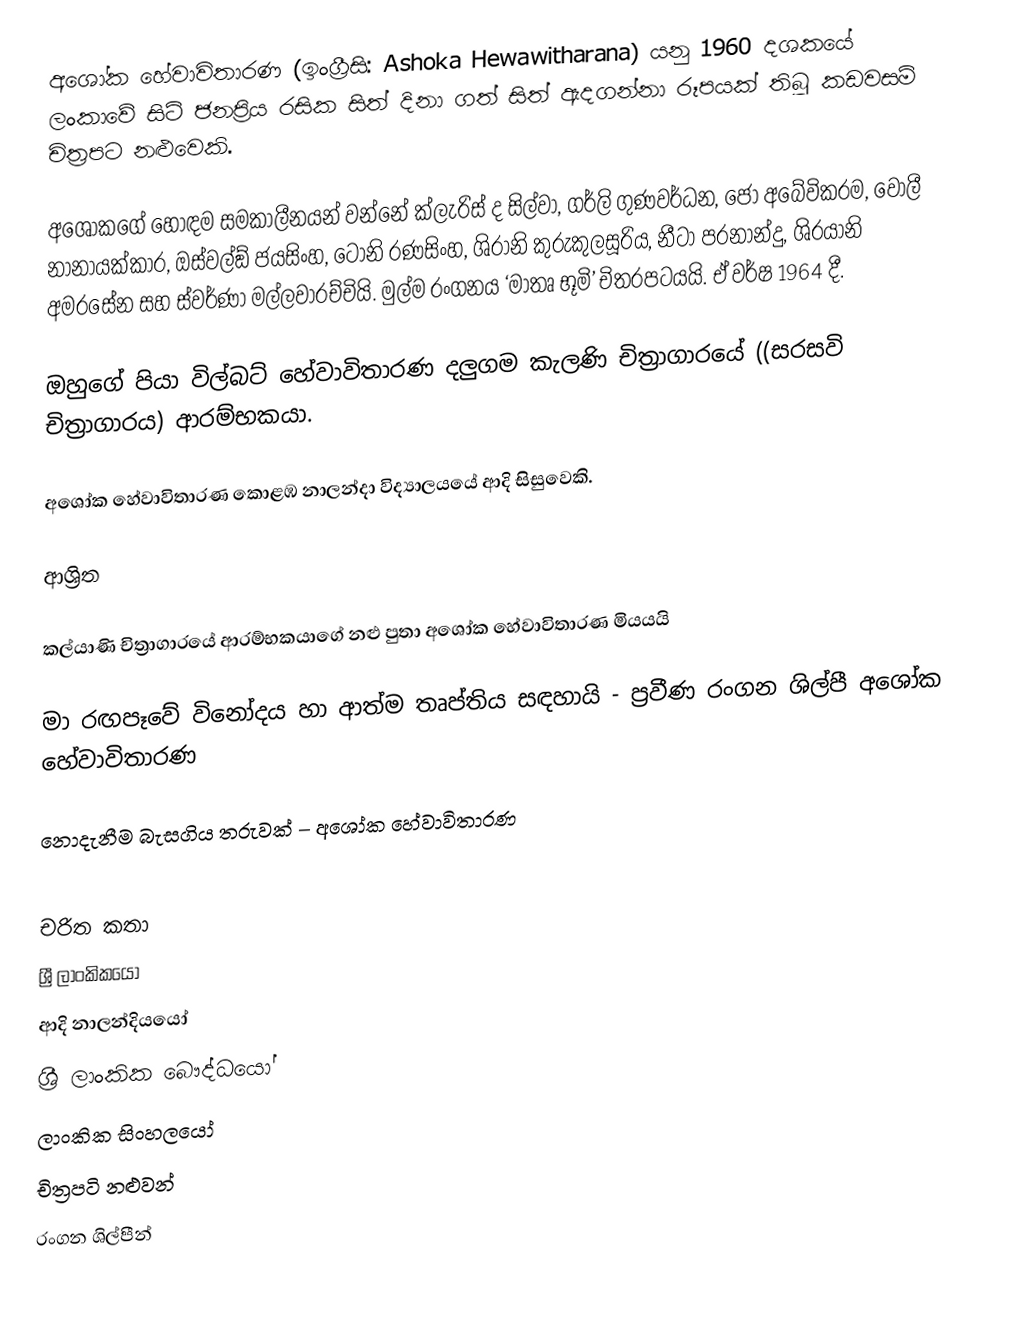
අශෝක හේවාවිතාරණ (ඉංග්‍රීසි: Ashoka Hewawitharana) යනු 1960 දශකයේ ලංකාවේ සිටි ජනප්‍රිය රසික සිත් දිනා ගත් සිත් ඇදගන්නා රූපයක් තිබූ කඩවසම් චිත්‍රපට නළුවෙකි.

අශෝකගේ හොඳම සමකාලීනයන් වන්නේ ක්ලැරිස් ද සිල්වා, ගර්ලි ගුණවර්ධන, ජෝ අබේවික‍්‍රම, වොලී නානායක්කාර, ඔස්වල්ඞ් ජයසිංහ, ටෝනි රණසිංහ, ශිරානි කුරුකුලසූරිය, නීටා ප‍්‍රනාන්දු, ශි‍්‍රයානි අමරසේන සහ ස්වර්ණා මල්ලවාරච්චියි. මුල්ම රංගනය ‘මාතෘ භූමි’ චිත‍්‍රපටයයි. ඒ වර්ෂ 1964 දී.

ඔහුගේ පියා විල්බට් හේවාවිතාරණ දලුගම කැලණි චිත්‍රාගාරයේ ((සරසවි චිත්‍රාගාරය) ආරම්භකයා.

අශෝක හේවාවිතාරණ කොළඹ නාලන්දා විද්‍යාලයයේ ආදි සිසුවෙකි.

ආශ්‍රිත

 කල්යාණි චිත්‍රාගාරයේ ආරම්භකයාගේ නළු පුතා අශෝක හේවාවිතාරණ මියයයි

 මා රඟපෑවේ විනෝදය හා ආත්ම තෘප්තිය සඳහායි - ප‍්‍රවීණ රංගන ශිල්පී අශෝක හේවාවිතාරණ

 නොදැනීම බැසගිය තරුවක් – අශෝක හේවාවිතාරණ

චරිත කතා
ශ්‍රී ලාංකිකයෝ
ආදි නාලන්දියයෝ
ශ්‍රී ලාංකික බෞද්ධයෝ
ලාංකික සිංහලයෝ
චිත්‍රපටි නළුවන්
රංගන ශිල්පීන්